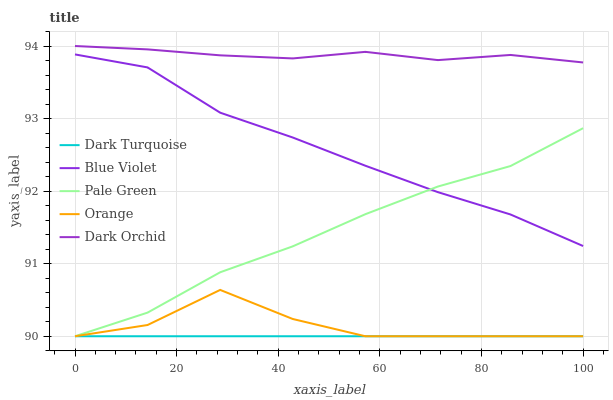
| xaxis_label | Dark Turquoise | Blue Violet | Pale Green | Orange | Dark Orchid |
 | --- | --- | --- | --- | --- | --- |
 | 0 | 90 | 93.9 | 90 | 90 | 94 |
 | 14.3 | 90 | 93.7 | 90.3 | 90.2 | 94 |
 | 28.6 | 90 | 93.1 | 90.9 | 90.6 | 93.9 |
 | 42.9 | 90 | 92.7 | 91.2 | 90.2 | 93.8 |
 | 57.1 | 90 | 92.4 | 91.7 | 90 | 93.9 |
 | 71.4 | 90 | 92 | 92.1 | 90 | 93.8 |
 | 85.7 | 90 | 91.7 | 92.3 | 90 | 93.9 |
 | 100 | 90 | 91.2 | 92.9 | 90 | 93.8 |